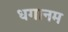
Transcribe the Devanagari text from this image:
धगानम